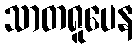
သာတရူပေန